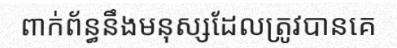
ពាក់ព័ន្ធនឹងមនុស្សដែលត្រូវបានគេ